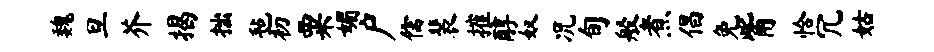
魏旦芥揭拙毡初粟媚户儒裴摧醇奴况旬般煮倡免觜恰冗姑